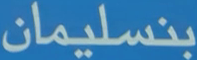
بنسليمان